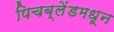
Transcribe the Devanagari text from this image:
पिचब्लेंडमधून